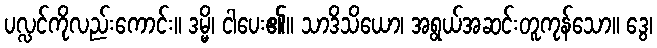
ပလ္လင်ကိုလည်းကောင်း။ ဒမ္မိ၊ ငါပေး၏။ သာဒိသိယော၊ အရွယ်အဆင်းတူကုန်သော။ ဒွေ၊